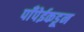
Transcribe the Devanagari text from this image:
पाँपेईकडून